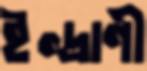
ইন্দ্রাণী